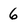
Character: 6